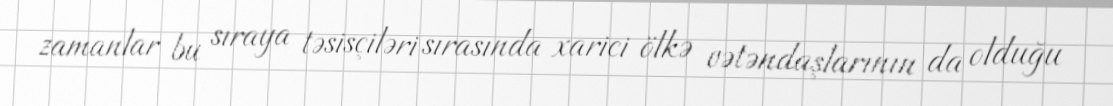
zamanlar bu sıraya təsisçiləri sırasında xarici ölkə vətəndaşlarının da olduğu